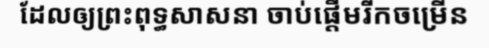
ដែលឲ្យព្រះពុទ្ធសាសនា ចាប់ផ្តើមរីកចម្រើន